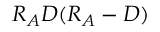
R _ { A } D ( R _ { A } - D )